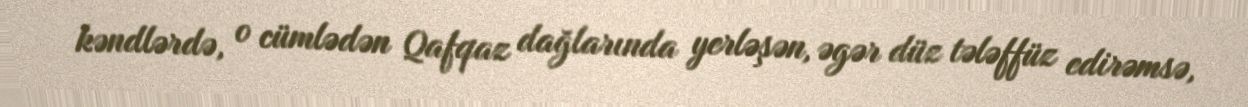
kəndlərdə, o cümlədən Qafqaz dağlarında yerləşən, əgər düz tələffüz edirəmsə,